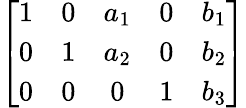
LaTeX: \left[{\begin{array}{ccccc}{1}&{0}&{a_{1}}&{0}&{b_{1}}\\ {0}&{1}&{a_{2}}&{0}&{b_{2}}\\ {0}&{0}&{0}&{1}&{b_{3}}\end{array}}\right]